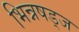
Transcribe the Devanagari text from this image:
भिन्नषड्ज